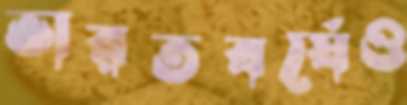
ভারতবর্ষেও